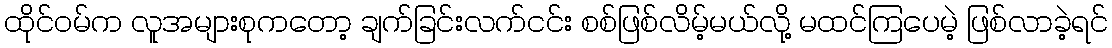
ထိုင်ဝမ်က လူအများစုကတော့ ချက်ခြင်းလက်ငင်း စစ်ဖြစ်လိမ့်မယ်လို့ မထင်ကြပေမဲ့ ဖြစ်လာခဲ့ရင်